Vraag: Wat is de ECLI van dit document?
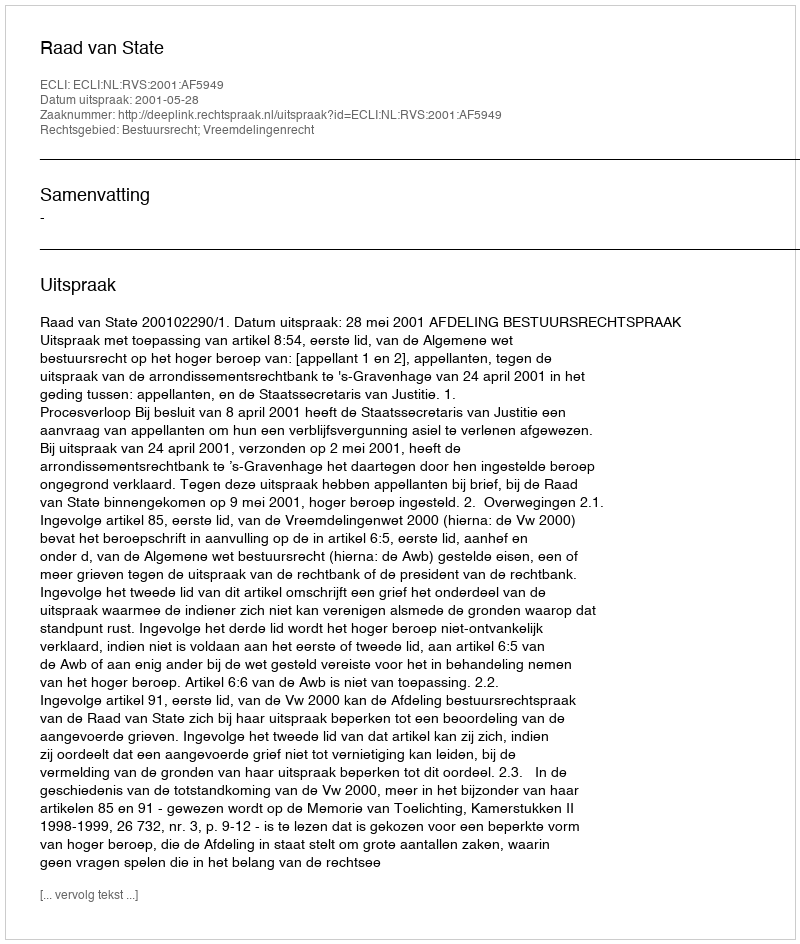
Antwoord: ECLI:NL:RVS:2001:AF5949